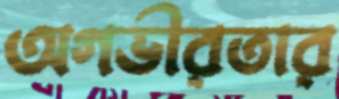
অগভীরতার